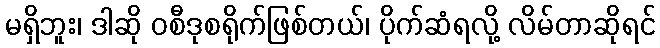
မရှိဘူး၊ ဒါဆို ဝစီဒုစရိုက်ဖြစ်တယ်၊ ပိုက်ဆံရလို့ လိမ်တာဆိုရင်